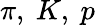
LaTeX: \pi,~K,~p